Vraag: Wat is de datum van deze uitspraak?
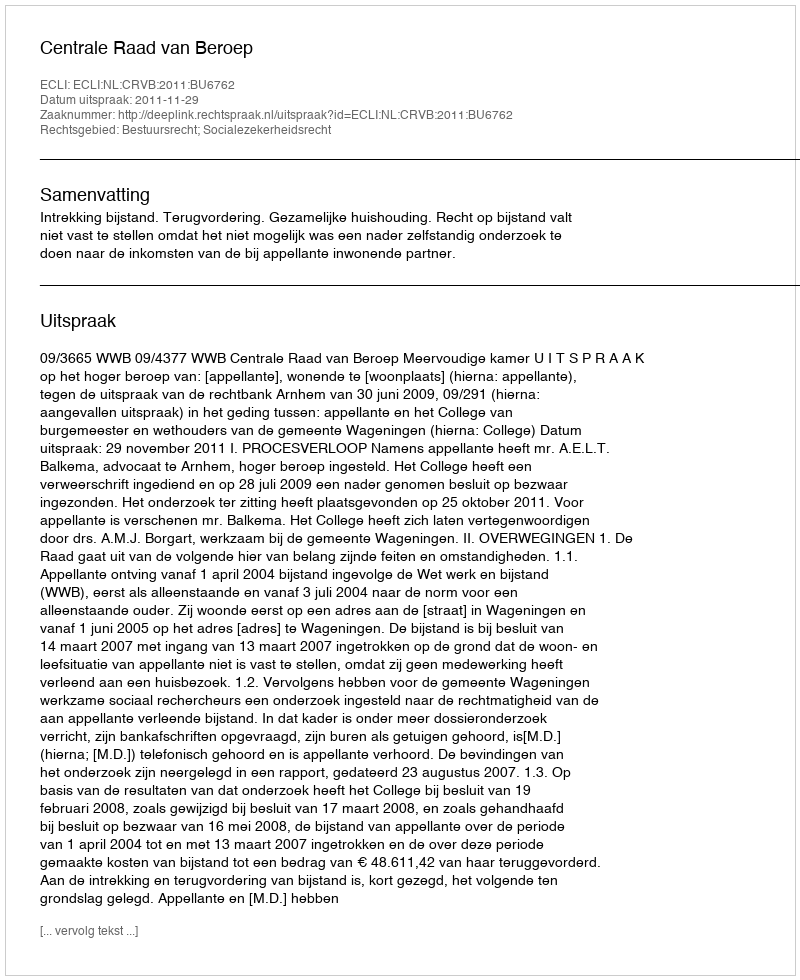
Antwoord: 2011-11-29